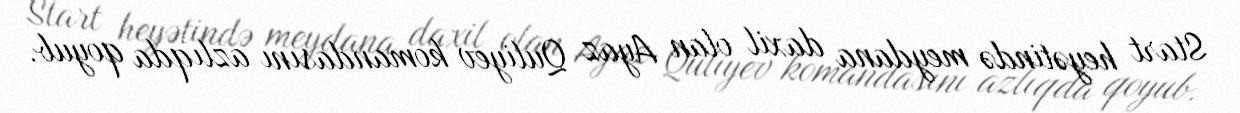
Start heyətində meydana daxil olan Ayaz Quliyev komandasını azlıqda qoyub.